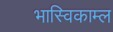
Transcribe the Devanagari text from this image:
भास्विकाम्ल